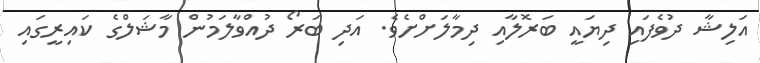
އަލިޝާ ދުވެފައި ދިޔައީ ބަރޮލާއި ދިމާލަށްށެވެ. އަދި ބަރޯ ދުއްވާލަމުން މާޝަލްގެ ކައިރީގައި